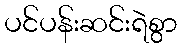
ပင်ပန်းဆင်းရဲစွာ